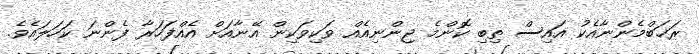
ރަޚަބްމެންނާއެކު އައިސް ތިބި ކޮންމެ ޖިންނިއެއް ވަކިވަކިން އޭނާއަށް އެއްފަހަރާ ފެންނަ ކަހަލައެވެ.